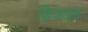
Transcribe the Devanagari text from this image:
डिजाइंड